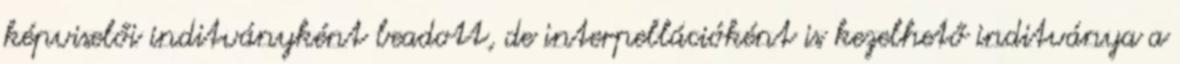
képviselői inditványként beadott, de interpellációként is kezelhető inditványa a